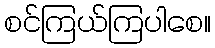
စင်ကြယ်ကြပါစေ။